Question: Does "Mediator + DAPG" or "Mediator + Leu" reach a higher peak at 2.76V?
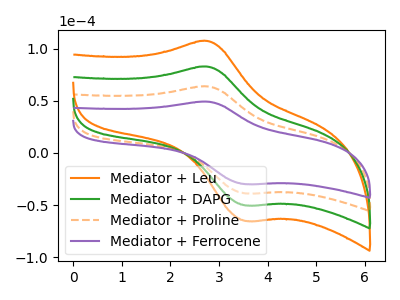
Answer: <think>The orange curve "Mediator + Leu" has an anodic peak at (2.75V, 191.65uA) and a cathodic peak at (3.55V, -116.35uA). The green curve "Mediator + DAPG" has an anodic peak at (2.75V, 127.75uA) and a cathodic peak at (3.55V, -77.55uA). The orange dashed curve "Mediator + Proline" has an anodic peak at (2.75V, 63.90uA) and a cathodic peak at (3.55V, -38.80uA). The purple curve "Mediator + Ferrocene" has an anodic peak at (2.75V, 49.25uA) and a cathodic peak at (3.55V, -29.90uA).</think>
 <answer>The peak at 2.76V is lower in "Mediator + DAPG" than in "Mediator + Leu".</answer>
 <eval>lower</eval>